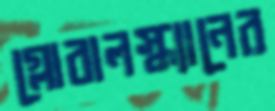
গ্লোবালস্ক্যানের